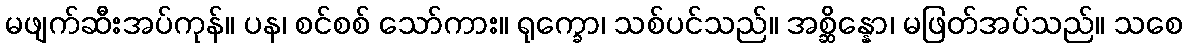
မဖျက်ဆီးအပ်ကုန်။ ပန၊ စင်စစ် သော်ကား။ ရုက္ခော၊ သစ်ပင်သည်။ အစ္ဆိန္နော၊ မဖြတ်အပ်သည်။ သစေ